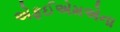
એફઈએમએના